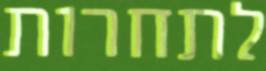
לתחרות